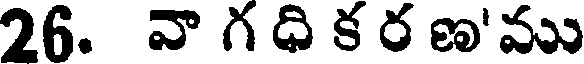
26. వా గ ధి క ర ణ'ము